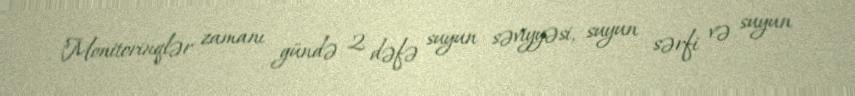
"Monitorinqlər zamanı gündə 2 dəfə suyun səviyyəsi, suyun sərfi və suyun